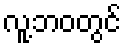
လူ့ဘဝတွင်